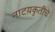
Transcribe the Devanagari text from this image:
नाटय़कृतीचे